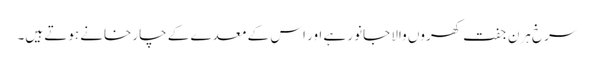
سرخ ہرن جفت کھروں والا جانور ہے اور اس کے معدے کے چار خانے ہوتے ہیں۔